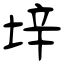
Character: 垶